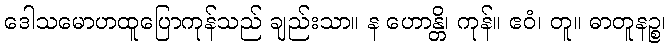
ဒေါသမောဟထူပြောကုန်သည် ချည်းသာ။ န ဟောန္တိ၊ ကုန်။ ဧဝံ၊ တူ။ ဓာတူနဉ္စ၊